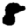
Digit: 8